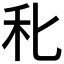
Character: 𥝓